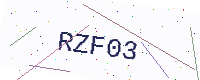
Text: RZF03